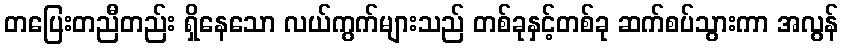
တပြေးတညီတည်း ရှိနေသော လယ်ကွက်များသည် တစ်ခုနှင့်တစ်ခု ဆက်စပ်သွားကာ အလွန်